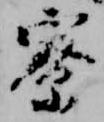
寮